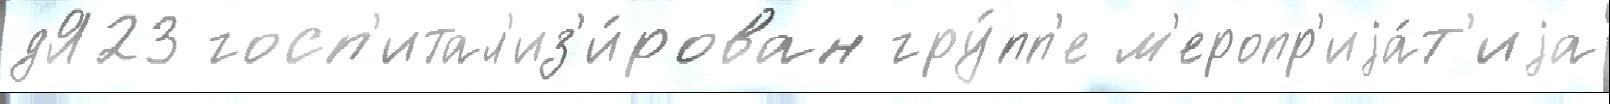
дЯ23 госп'итал'из'и́рован гру́пп'е м'еропр'иjа́т'иjа